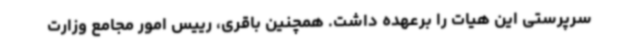
سرپرستی این هیات را برعهده داشت. همچنین باقری، رییس امور مجامع وزارت